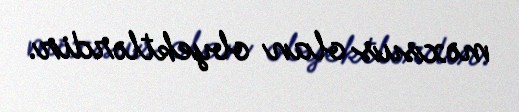
məxsus olan obyektlərdir.